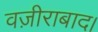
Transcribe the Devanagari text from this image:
वज़ीराबाद।